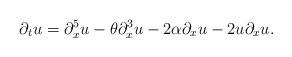
LaTeX: \begin{align*}\partial_{t}u=\partial_{x}^{5}u-\theta\partial_{x}^{3}u-2\alpha\partial_{x}u-2u\partial_{x}u.\end{align*}